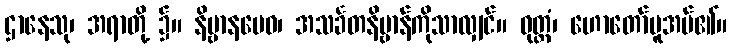
ဌာနေသု၊ အရာတို့ ၌။ နိဗ္ဗာနမေဝ၊ အသင်္ခတနိဗ္ဗာန်ကိုသာလျှင်။ ဝုတ္တံ၊ ဟောတော်မူအပ်၏။